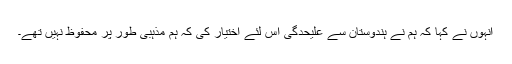
انہوں نے کہا کہ ہم نے ہندوستان سے علیحدگی اس لئے اختیار کی کہ ہم مذہبی طور پر محفوظ نہیں تھے۔